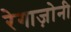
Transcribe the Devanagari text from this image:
रेगाज़ोनी